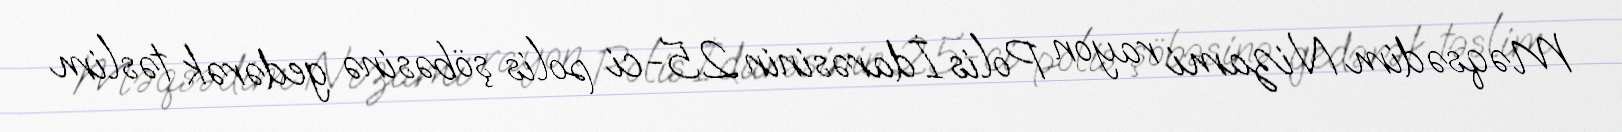
Məqsədim Nizami rayon Polis İdarəsinin 25-ci polis şöbəsinə gedərək təslim